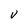
Character: v